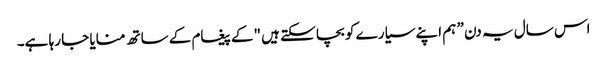
اس سال یہ دن ” ہم اپنے سیارے کو بچا سکتے ہیں "کے پیغام کے ساتھ منایا جا رہا ہے۔